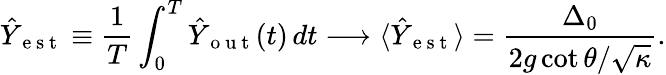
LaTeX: \hat{Y}_{\mathrm{~e~s~t~}}\equiv\frac{1}{T}\int_{0}^{T}\hat{Y}_{\mathrm{~o~u~t~}}(t)\, dt\longrightarrow\langle\hat{Y}_{\mathrm{~e~s~t~}}\rangle=\frac{\Delta_{0}}{2g\cot\theta/\sqrt{\kappa}}.